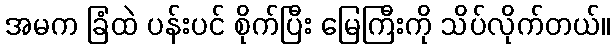
အမက ခြံထဲ ပန်းပင် စိုက်ပြီး မြေကြီးကို သိပ်လိုက်တယ်။